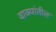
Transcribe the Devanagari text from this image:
वाक्यांतील